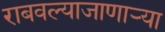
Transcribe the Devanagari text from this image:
राबवल्याजाणार्‍या